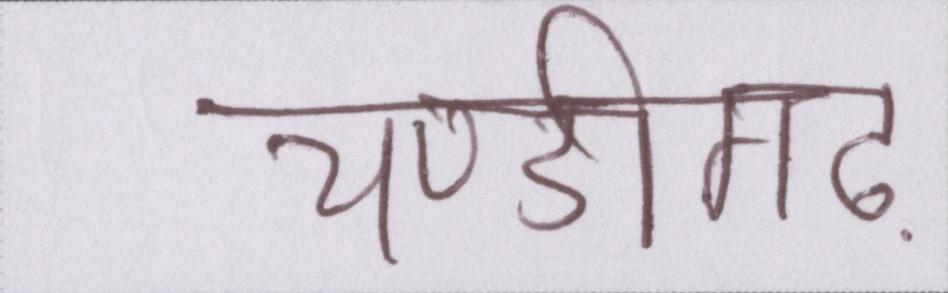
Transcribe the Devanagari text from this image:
चण्डीगढ़